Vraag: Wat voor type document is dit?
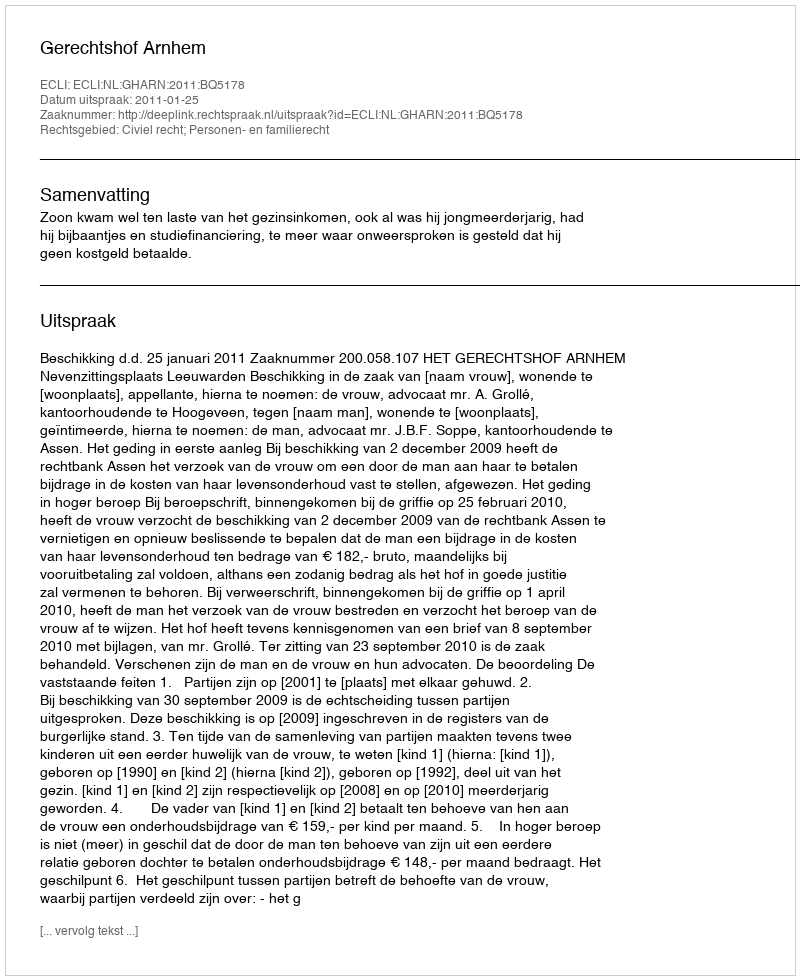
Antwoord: Uitspraak